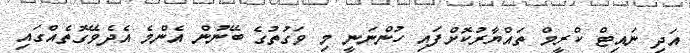
އަދި ނައިޓް ކްރީމް ތައްޔާރުކޮށްފައި ހުންނަނީ މި ވަގުތުގެ ބޭނުން އެންމެ އެދެވޭގޮތެއްގައި